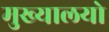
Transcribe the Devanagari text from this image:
मुख्यालयो